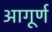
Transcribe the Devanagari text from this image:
आगूर्ण